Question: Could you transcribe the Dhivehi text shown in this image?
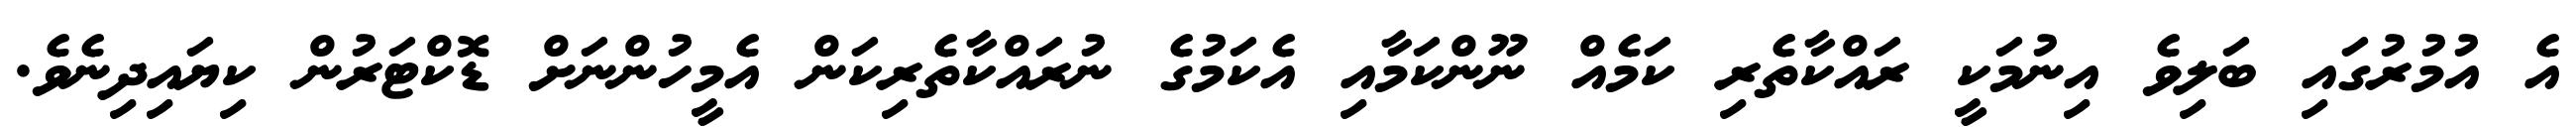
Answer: އެ އުމުރުގައި ބަލިވެ އިނުމަކީ ރައްކާތެރި ކަމެއް ނޫންކަމާއި އެކަމުގެ ނުރައްކާތެރިކަން އެމީހުންނަށް ޑޮކްޓަރުން ކިޔައިދިނެވެ.